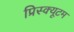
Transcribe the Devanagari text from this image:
प्रिस्क्यूटम